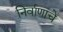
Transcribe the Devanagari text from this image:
निर्वाणाचे